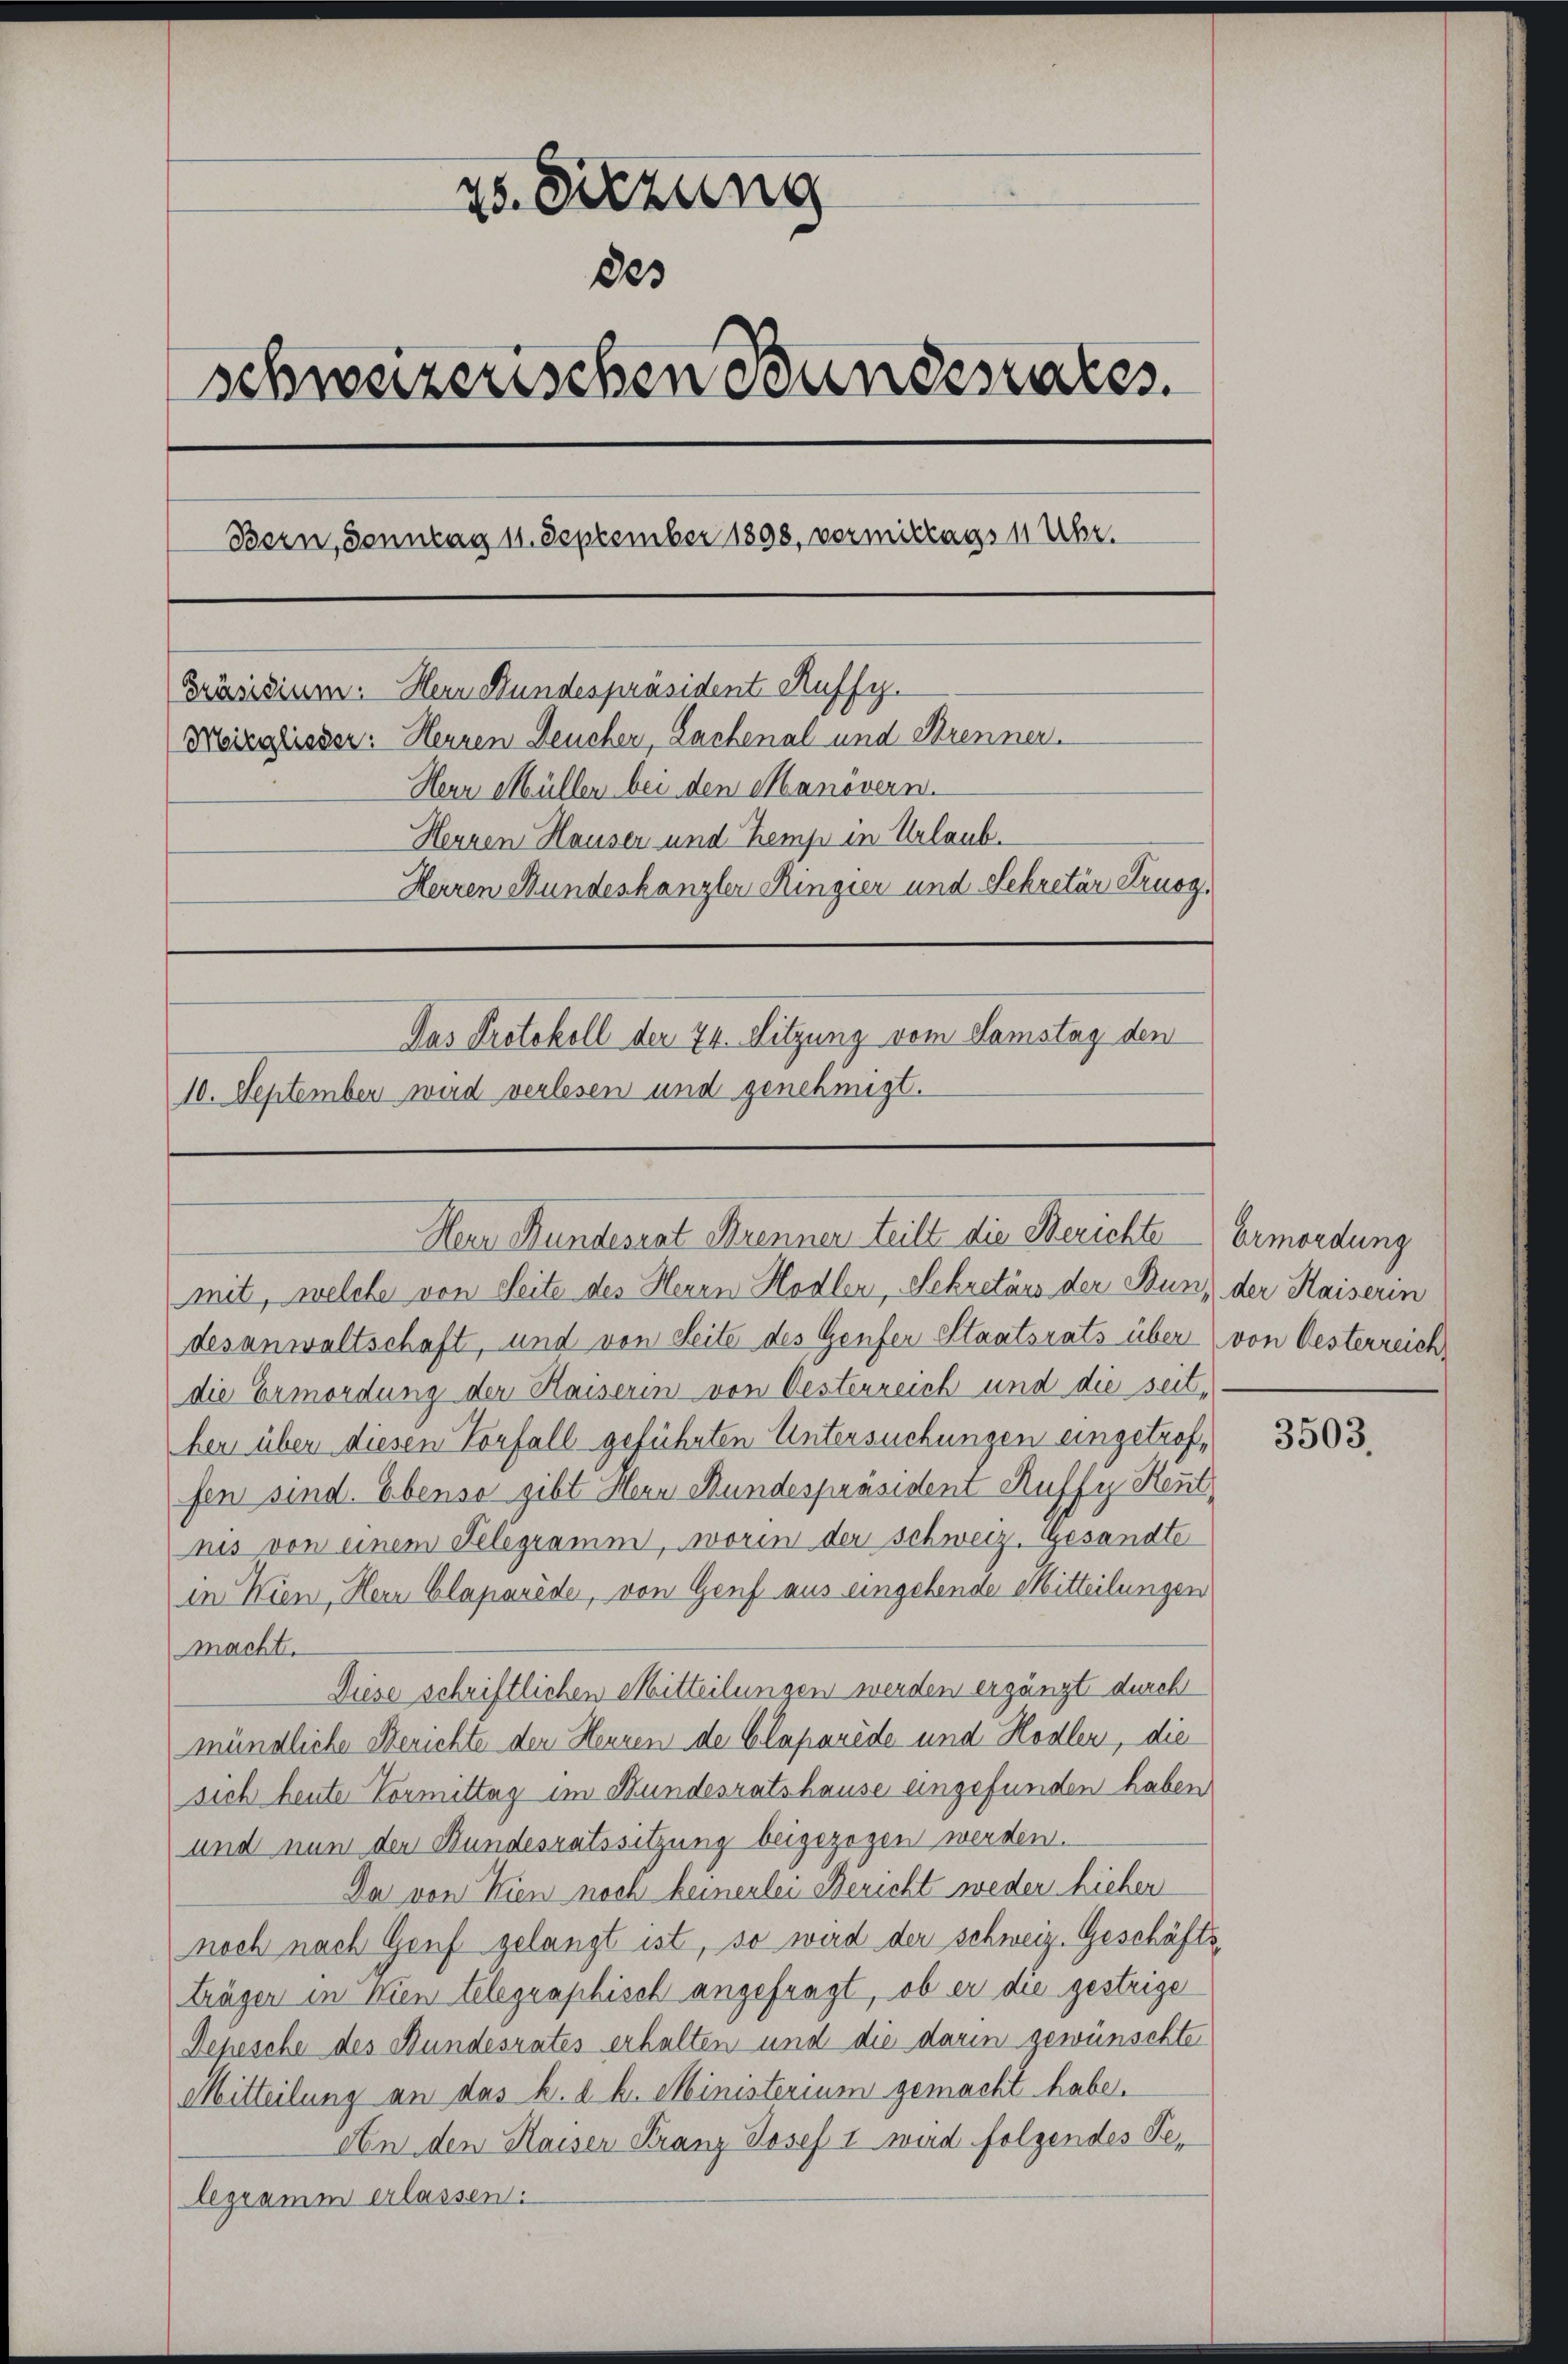
25. Sitzung
des
schweizerischen Bundesrates.
Bern, Sonntag 11. September 1898, vormittags 1 Uhr.
Präsidium. Herr Bundespräsident Auffy.
Meizglieder: Herren Leuchen, Lachenal und Strennen.
Herr Müller bei den Manövern.
Herren Hauser und Kemp in Urlaub.
Herren Bundeskanzler Ringier und Sekretär Arnog¬
Das Protokoll der 74. Sitzung vom Samstag den
10. September wird verlesen und genehmigt.

Mein Bundesrat Krenner teilt die Berichte

mit, welche von Seite des Herrn Hodler, Sekretärs der Bunz der Kaiserin
desanwaltschaft, und von Seite des Genfer Staatsrats über von Oesterreich
die Ermordung der Kaiserin von Oesterreich und die seit,
her über diesen Vorfall geführten Untersuchungen eingetroffen sind. Ebenso gibt Hern Stundespräsident Ruffy Heut
nis von einem Telegramm, worin der Schweiz. Gesandte
in Wien, Herr Claparède, von Genf aus eingehende Mitteilungen
macht.
Diese schriftlichen Mitteilungen werden ergänzt durch
mündliche Berichte der Heuren der Clapanede und Hodlen, die
sich heute Vormittag im Bundesratshause eingefunden haben
und nun der Bundesratssitzung beigezogen werden.
Da von Wien noch keinerlei Bericht weder hiehen
noch nach Genf gelangt ist, so wird der schweiz. Geschäfts
träger in Wien telegraphisch angefragt, ob er die gestrige
Depesche des Bundesrates erhalten und die darin gewünschte
Mitteilung an das k. k. k. Ministerium gemacht habe.
An den Kaiser Franz Josef I wird folgendes Telegramm erlassen:

Ermordung

3503.